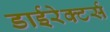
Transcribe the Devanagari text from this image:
डाईरेक्टर्स